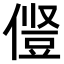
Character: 𫝋